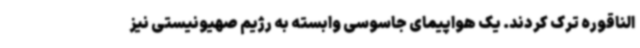
الناقوره ترک کردند. یک هواپیمای جاسوسی وابسته به رژیم صهیونیستی نیز